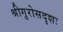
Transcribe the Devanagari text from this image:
श्रीगुरोसदृशः